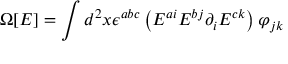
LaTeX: \Omega [ E ] = \int d ^ { 2 } x \epsilon ^ { a b c } \left( E ^ { a i } E ^ { b j } \partial _ { i } E ^ { c k } \right) \varphi _ { j k }